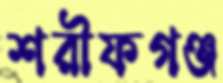
শরীফগঞ্জ